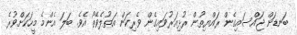
ބަނޑަށް ޖައްސައިގެން ރައްޔިތުން ރުޅިއަރުވައިގެން ވެރިކަން އަތުލެވޭތޯ އެވެ. ބަލަ އެންމެ މީހަކަށްވުރެ